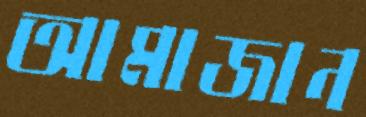
আমাজান